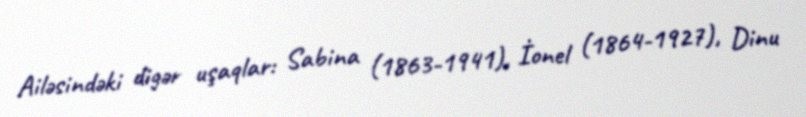
Ailəsindəki digər uşaqlar: Sabina (1863-1941), İonel (1864-1927), Dinu